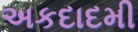
અકદાદમી